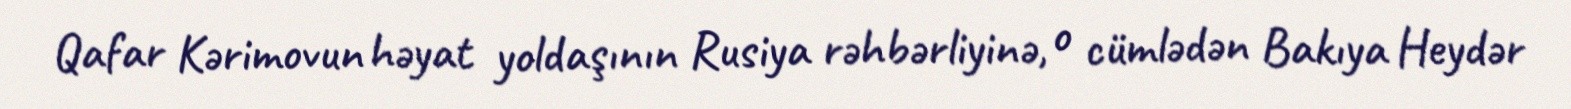
Qafar Kərimovun həyat yoldaşının Rusiya rəhbərliyinə, o cümlədən Bakıya Heydər